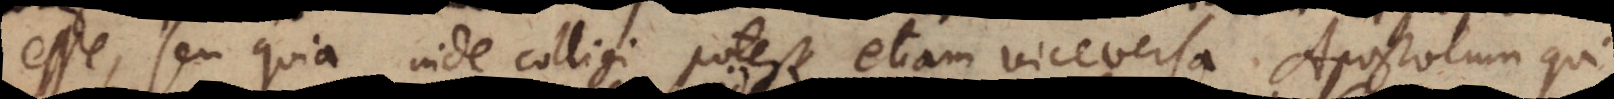
esse, seu quia inde colligi potest etiam viceversa Apostolum qui